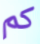
كم